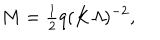
LaTeX: M = { \textstyle \frac { 1 } { 2 } } q ( K { \mit \Lambda } ) ^ { - 2 } ,